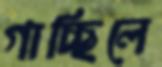
গাচ্ছিলে